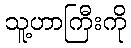
သူ့ဟာကြီးကို